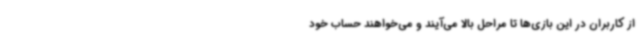
از کاربران در این بازی‌ها تا مراحل بالا می‌آیند و می‌خواهند حساب خود